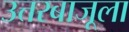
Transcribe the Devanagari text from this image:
उत्तरबाजूला